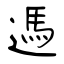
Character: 遤